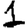
Digit: 1